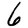
Digit: 6